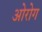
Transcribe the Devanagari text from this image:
ओरोग